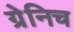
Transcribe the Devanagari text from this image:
ग्रेनिच